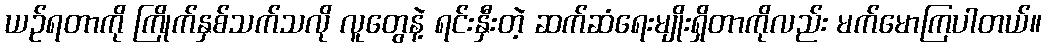
ယဉ်ရတာကို ကြိုက်နှစ်သက်သလို လူတွေနဲ့ ရင်းနှီးတဲ့ ဆက်ဆံရေးမျိုးရှိတာကိုလည်း မက်မောကြပါတယ်။